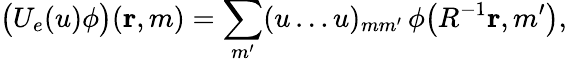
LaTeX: \bigl(U_{e}(u)\phi\bigr)({\mathbf{r}},m)=\sum_{m^{\prime}}(u\ldots u)_{mm^{\prime}}\, \phi\bigl(R^{-1}{\mathbf{r}},m^{\prime}\bigr),